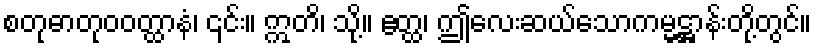
စတုဓာတုဝဝတ္ထာနံ၊ ၎င်း။ ဣတိ၊ သို့။ ဧတ္ထ၊ ဤလေးဆယ်သောကမ္မဋ္ဌာန်းတို့တွင်။